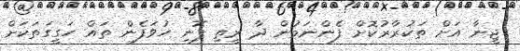
ޖީނާ އަށް ތަކުރާރުކޮށް ފެންނަމުން ދާ ރީތި ފޮނި ހުވަފެން ތައް ހަގީގަތަކަށް